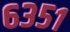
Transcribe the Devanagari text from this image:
६३५१